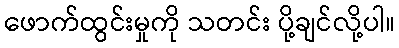
ဖောက်ထွင်းမှုကို သတင်း ပို့ချင်လို့ပါ။